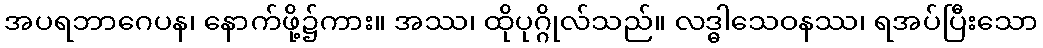
အပရဘာဂေပန၊ နောက်ဖို့၌ကား။ အဿ၊ ထိုပုဂ္ဂိုလ်သည်။ လဒ္ဓါသေဝနဿ၊ ရအပ်ပြီးသော